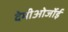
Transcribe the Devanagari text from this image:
देमीओर्जोई